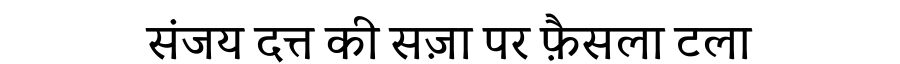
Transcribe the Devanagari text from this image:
संजय दत्त की सज़ा पर फ़ैसला टला